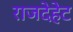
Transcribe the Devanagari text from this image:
राजदेहेट